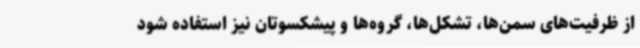
از ظرفیت‌های سمن‌ها، تشکل‌ها، گروه‌ها و پیشکسوتان نیز استفاده شود